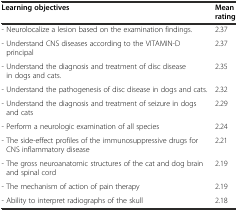
<table><thead><tr><td><b>Learning objectives</b></td><td><b>Mean rating</b></td></tr></thead><tbody><tr><td>- Neurolocalize a lesion based on the examination findings.</td><td>2.37</td></tr><tr><td>- Understand CNS diseases according to the VITAMIN-D principal</td><td>2.37</td></tr><tr><td>- Understand the diagnosis and treatment of disc disease in dogs and cats.</td><td>2.35</td></tr><tr><td>- Understand the pathogenesis of disc disease in dogs and cats.</td><td>2.32</td></tr><tr><td>- Understand the diagnosis and treatment of seizure in dogs and cats</td><td>2.29</td></tr><tr><td>- Perform a neurologic examination of all species</td><td>2.24</td></tr><tr><td>- The side-effect profiles of the immunosuppressive drugs for CNS inflammatory disease</td><td>2.21</td></tr><tr><td>- The gross neuroanatomic structures of the cat and dog brain and spinal cord</td><td>2.19</td></tr><tr><td>- The mechanism of action of pain therapy</td><td>2.19</td></tr><tr><td>- Ability to interpret radiographs of the skull</td><td>2.18</td></tr></tbody></table>